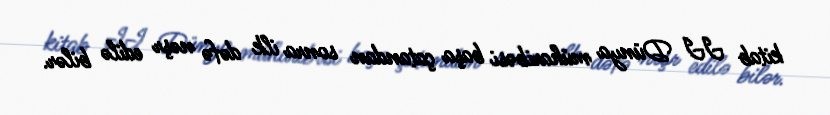
kitab II Dünya müharibəsi başa çatandan sonra ilk dəfə nəşr edilə bilər.